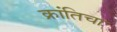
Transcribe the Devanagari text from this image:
क्रांतिचा